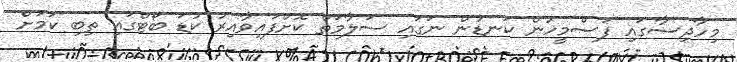
މިހާދިސާގައި ފަސްމީހުން ކަނޑުން ނަގައި ސަލާމަތް ކޮށްފައިވާއިރު ކުޑަ ބޯޓްގައި ތިބި ކަމަށް